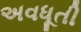
અવધૂતી